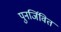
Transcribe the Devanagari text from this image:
पुनर्जिवित